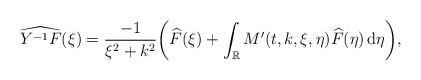
LaTeX: \begin{align*} \widehat{Y^{-1}F}(\xi)=\frac{-1}{\xi^2+k^2}\bigg(\widehat{F}(\xi)+\int_{\mathbb{R}}M'(t,k,\xi,\eta)\widehat{F}(\eta)\,\mathrm{d}\eta\bigg), \end{align*}